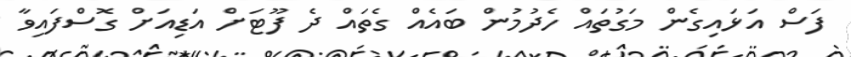
ފަސް އަޅައިގެން މަގުތައް ހެދުމުން ބައެއް ގެތައް ދެ ފޫޓަށް އަޑިއަށް ގޮސްފައިވާ